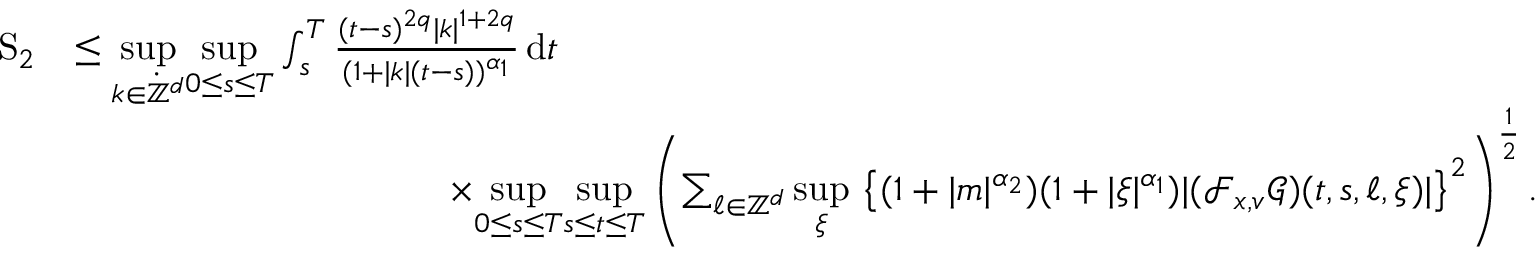
\begin{array} { r l } { \mathrm { S } _ { 2 } } & { \leq \underset { k \in \dot { \mathbb Z } ^ { d } } { \operatorname* { s u p } } \underset { 0 \leq s \leq T } { \operatorname* { s u p } } \int _ { s } ^ { T } \frac { ( t - s ) ^ { 2 q } \vert k \vert ^ { 1 + 2 q } } { ( 1 + \vert k \vert ( t - s ) ) ^ { \alpha _ { 1 } } } \, \mathrm { d } t } \\ & { \qquad \qquad \qquad \qquad \qquad \times \underset { 0 \leq s \leq T } { \operatorname* { s u p } } \underset { s \leq t \leq T } { \operatorname* { s u p } } \left( \sum _ { \ell \in \mathbb Z ^ { d } } \underset { \xi } { \operatorname* { s u p } } \, \left\lbrace ( 1 + \vert m \vert ^ { \alpha _ { 2 } } ) ( 1 + \vert \xi \vert ^ { \alpha _ { 1 } } ) \vert ( \mathcal { F } _ { x , v } \mathcal { G } ) ( t , s , \ell , \xi ) \vert \right\rbrace ^ { 2 } \right) ^ { \frac { 1 } { 2 } } . } \end{array}